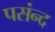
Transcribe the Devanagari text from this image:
पसंन्द